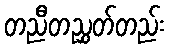
တညီတညွှတ်တည်း